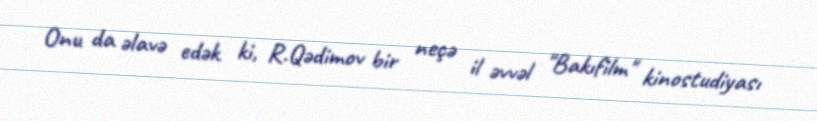
Onu da əlavə edək ki, R.Qədimov bir neçə il əvvəl "Bakıfilm" kinostudiyası